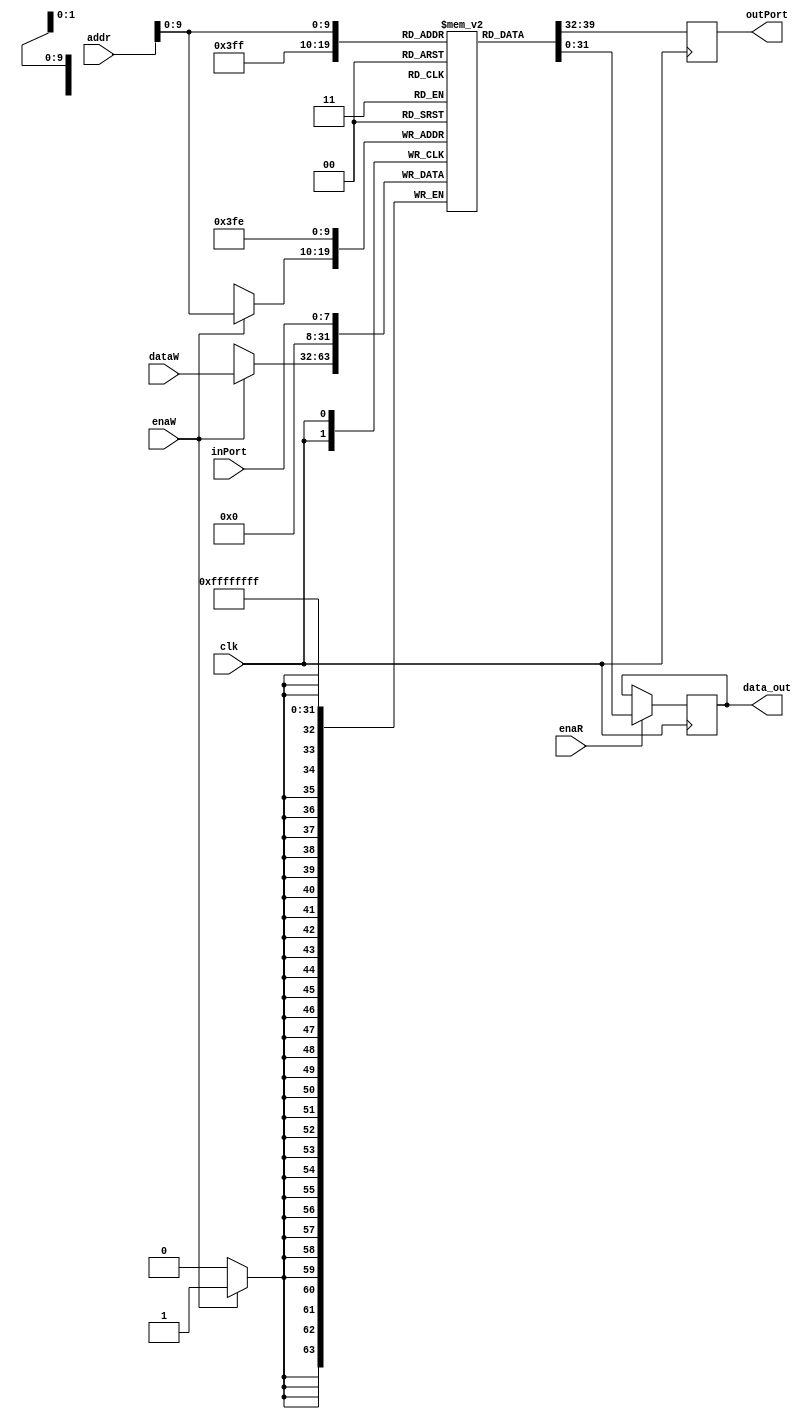
`timescale 1ns / 1ps

module DataMemory(input wire clk, input wire [31:0] addr, input wire [31:0] dataW, 
                    input wire enaR, input wire enaW,
                    output reg [31:0] data_out,
                    output reg [7:0] outPort,
                    input wire [7:0] inPort
                    );
    
    localparam OUTPORTADDR = 1023;
    localparam INPORTADDR = 1022;
    
    reg [31:0] dataMem [0:1023];
    integer i;
    
    initial begin      
        for(i = 0; i<1024; i = i +1) begin
            dataMem[i] = 32'd0;  //initialize dataMemory to zero
        end          
    end
    
    
    always@(posedge clk) begin 
        // writes to data memory location
        dataMem[INPORTADDR] <= {24'd0, inPort[7:0]};      
        if(enaW == 1) begin
            dataMem[addr] <= dataW;
        end
    end
    
    always @(negedge clk) begin 
        // read from data memory location
        outPort <= dataMem[OUTPORTADDR][7:0];
        if(enaR == 1) begin
            data_out <= dataMem[addr];
        end
    end
    
    
    
endmodule